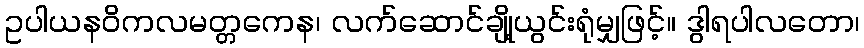
ဥပါယနဝိကလမတ္တကေန၊ လက်ဆောင်ချို့ယွင်းရုံမျှဖြင့်။ ဒွါရပါလတော၊